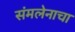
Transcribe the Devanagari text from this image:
संमलेनाचा